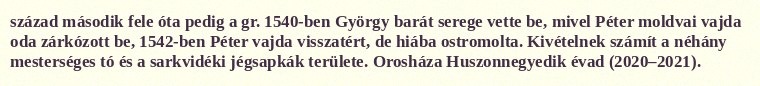
század második fele óta pedig a gr. 1540-ben György barát serege vette be, mivel Péter moldvai vajda oda zárkózott be, 1542-ben Péter vajda visszatért, de hiába ostromolta. Kivételnek számít a néhány mesterséges tó és a sarkvidéki jégsapkák területe. Orosháza Huszonnegyedik évad (2020–2021).